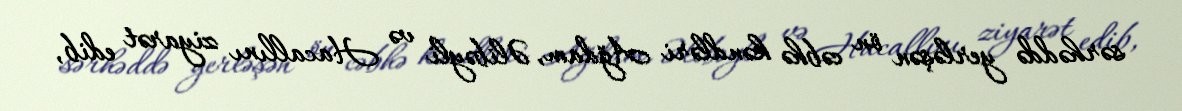
sərhəddə yerləşən ön cəbhə kəndləri Ağdam, Əlibəyli və Hacallını ziyarət edib,